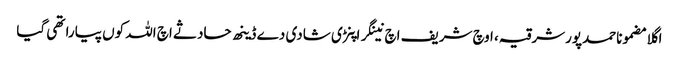
اگلا مضموناحمدپورشرقیہ، اوچ شریف اچ نینگر اپنڑی شادی دے ڈینھ حادثے اچ اللہ کوں پیارا تھی گیا